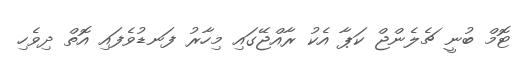
ޓޮމް ބުނީ ޗެލެންޖް ކަޕާ އެކު ރާއްޖޭގައި މިހާރު ފަނޑުވެފައި އޮތް ދިވެހި